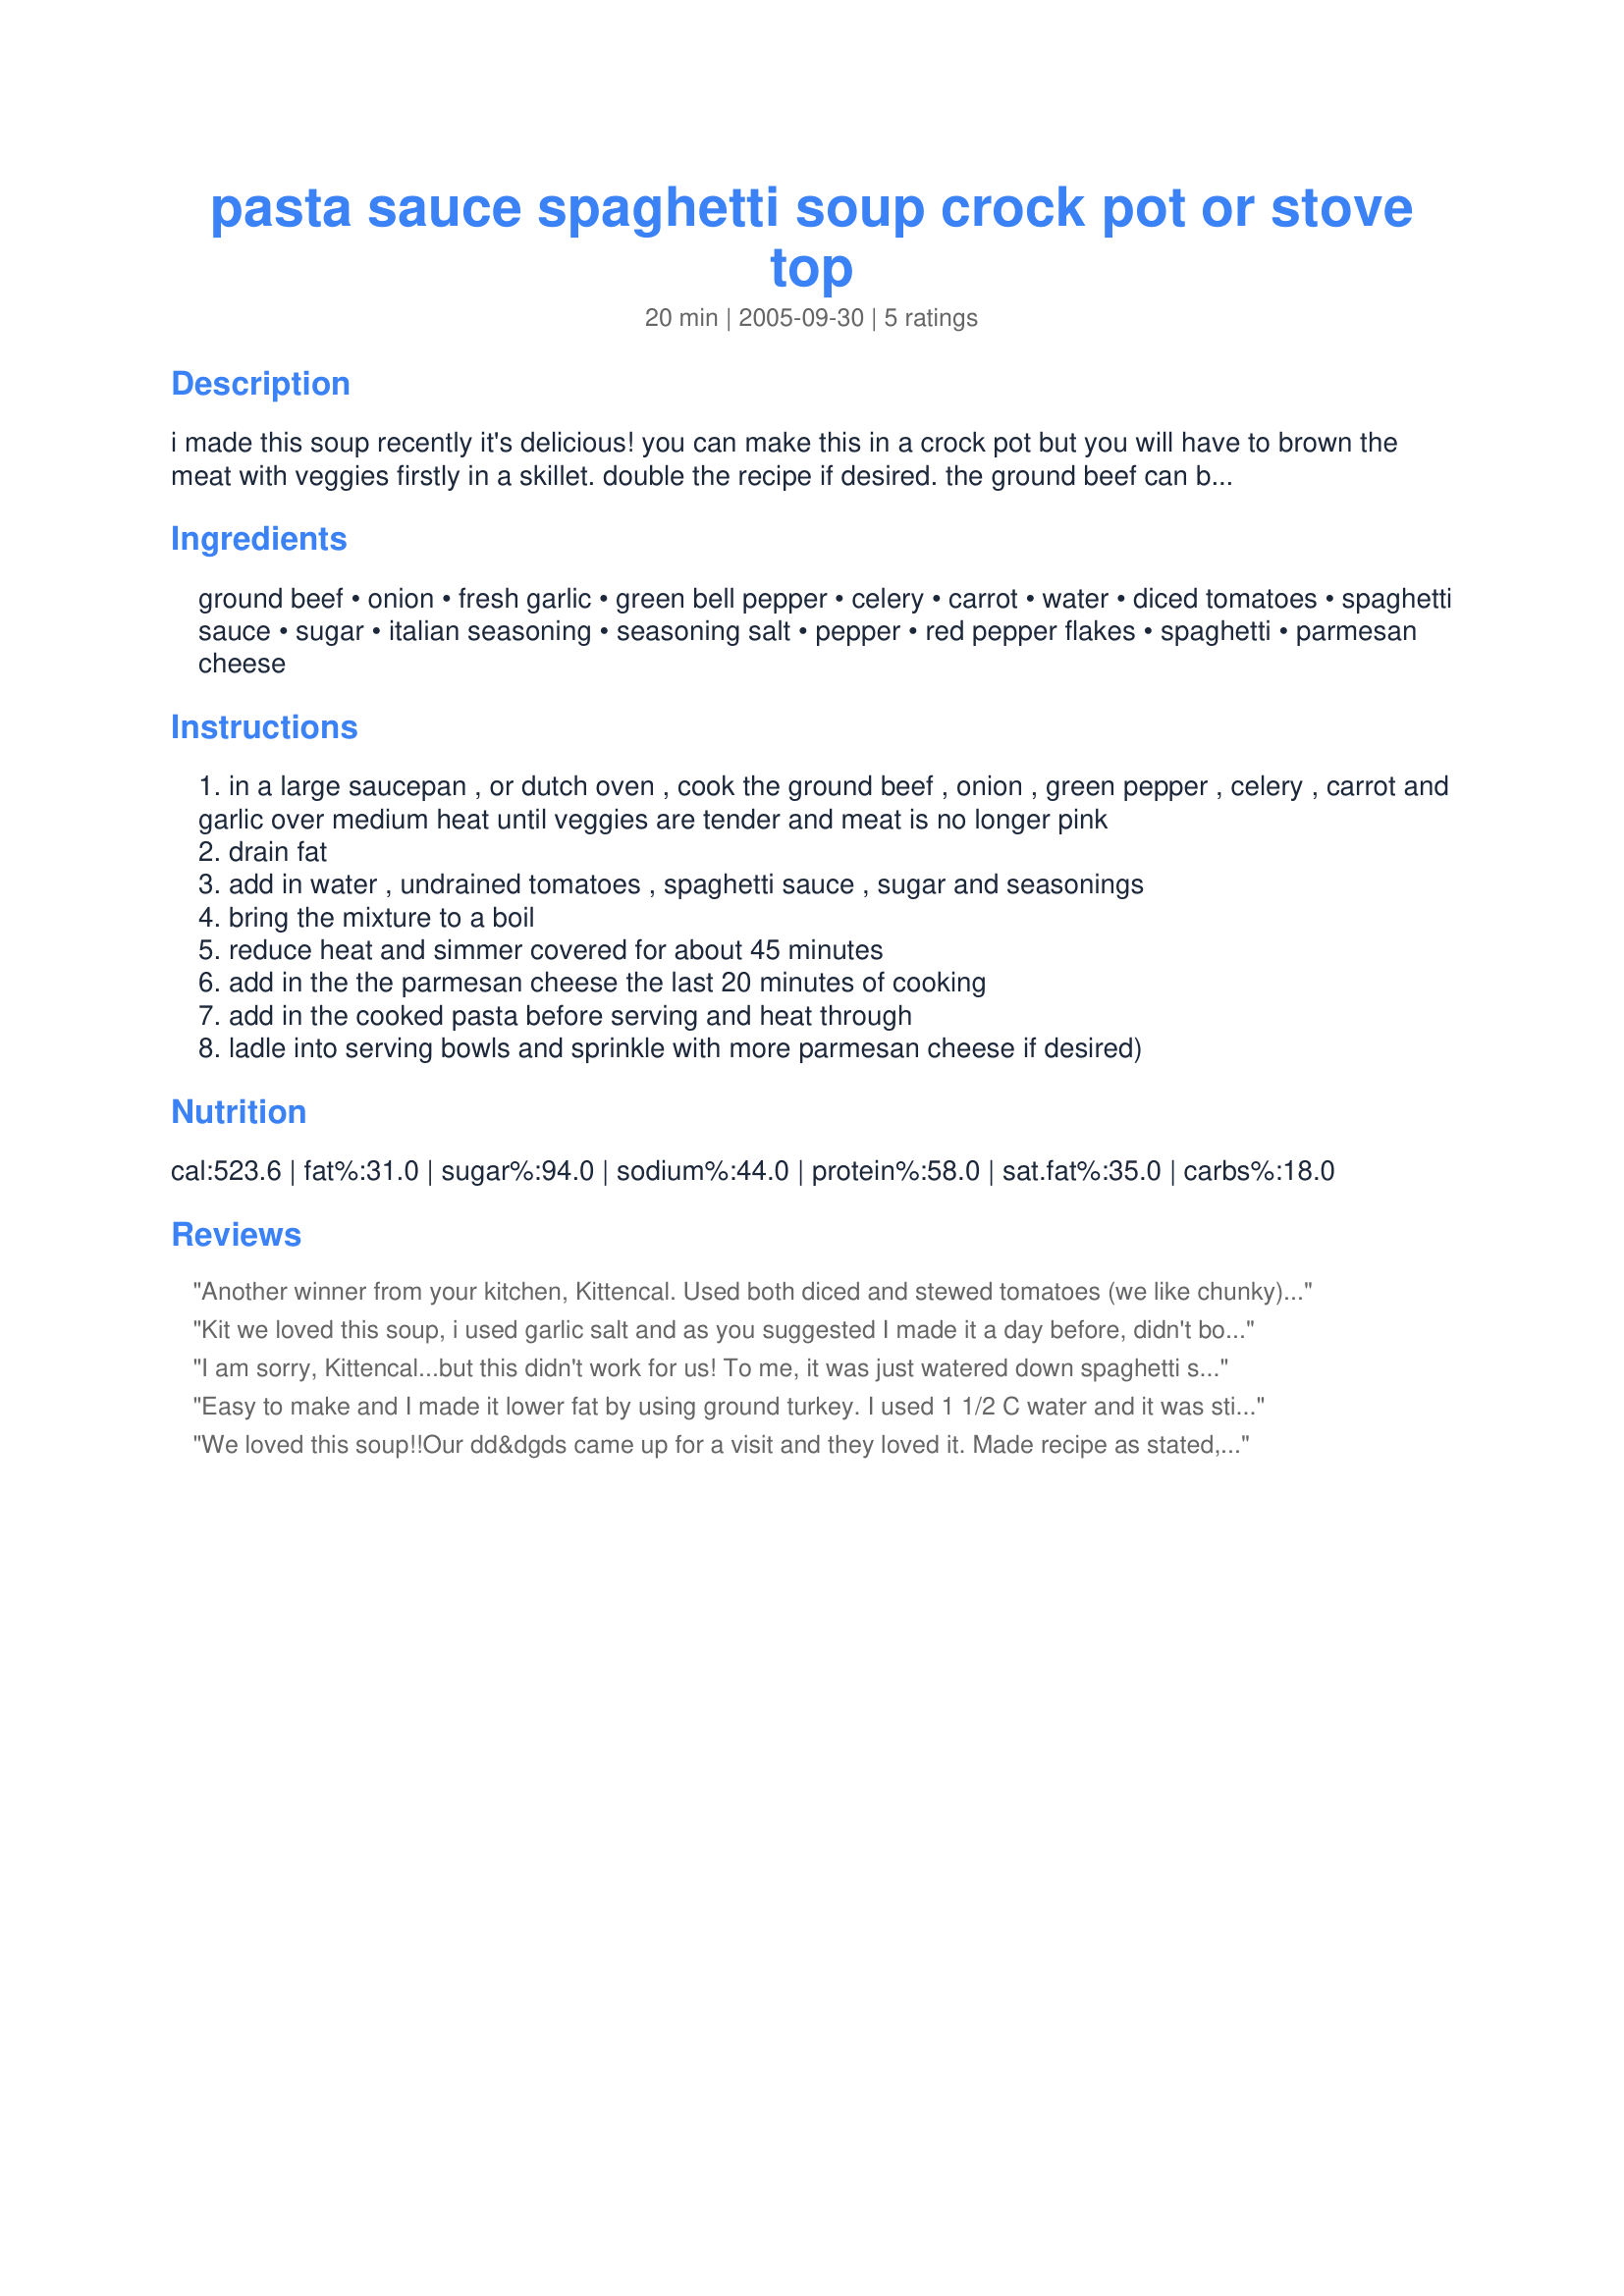
pasta sauce spaghetti soup crock pot or stove top
Preparation time: 20 minutes

i made this soup recently it's delicious! you can make this in a crock pot but you will have to brown the meat with veggies firstly in a skillet. double the recipe if desired. the ground beef can be made ahead of time, if you have freezer-ready ground beef, even easier! feel free to adjust all ingredients to suit taste. you can really use any kind of pasta that you like for this, i prefer spaghetti, for a thicker soup decrease the water.

Ingredients:
ground beef, onion, fresh garlic, green bell pepper, celery, carrot, water, diced tomatoes, spaghetti sauce, sugar, italian seasoning, seasoning salt, pepper, red pepper flakes, spaghetti, parmesan cheese

Steps:
in a large saucepan , or dutch oven , cook the ground beef , onion , green pepper , celery , carrot and garlic over medium heat until veggies are tender and meat is no longer pink
drain fat
add in water , undrained tomatoes , spaghetti sauce , sugar and seasonings
bring the mixture to a boil
reduce heat and simmer covered for about 45 minutes
add in the the parmesan cheese the last 20 minutes of cooking
add in the cooked pasta before serving and heat through
ladle into serving bowls and sprinkle with more parmesan cheese if desired)

Reviews:
Another winner from your kitchen, Kittencal. Used both diced and stewed tomatoes (we like chunky), one can of hot V-8 with water to make the two cups, liberal Italian seasoning and a heavy hand with 'tajin con limon salsa muy picante'. Quick, easy and ever so satisfying! This could easily be frozen sans pasta to add later...which is my intention!
Kit we loved this soup, i used garlic salt and as you suggested I made it a day before, didn't bother to measure the ground beef, i think I used more than 1 pound and the soup was really filling, thank you Kit.
I am sorry, Kittencal...but this didn't work for us! To me, it was just watered down spaghetti sauce.
Easy to make and I made it lower fat by using ground turkey. I used 1 1/2 C water and it was still pretty thick. Chopped all the veggies in the food processor and used my homemade spag. sauce. Very nice soup for a cold winter night! What kid wouldn't like spaghetti soup? :)
We loved this soup!!Our dd&dgds came up for a visit and they loved it. Made recipe as stated,I will make again&again,thanks.
